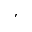
'